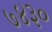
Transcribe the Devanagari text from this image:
७४३०